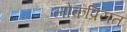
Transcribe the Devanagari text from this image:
लोकप्रियत